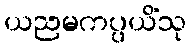
ယညမကပ္ပယိံသု